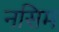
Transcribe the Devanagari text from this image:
नसिम